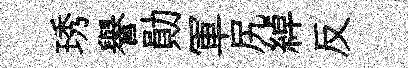
琇譽勛軍尻綽反